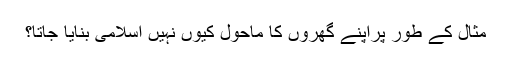
مثال کے طور پراپنے گھروں کا ماحول کیوں نہیں اسلامی بنایا جاتا؟